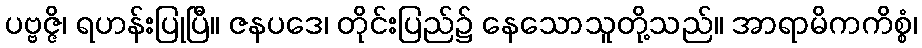
ပဗ္ဗဇ္ဇိ၊ ရဟန်းပြုပြီ။ ဇနပဒေ၊ တိုင်းပြည်၌ နေသောသူတို့သည်။ အာရာမိကကိစ္စံ၊